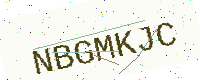
Text: NBGMKJC